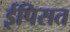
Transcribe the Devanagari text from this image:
ईपिसत